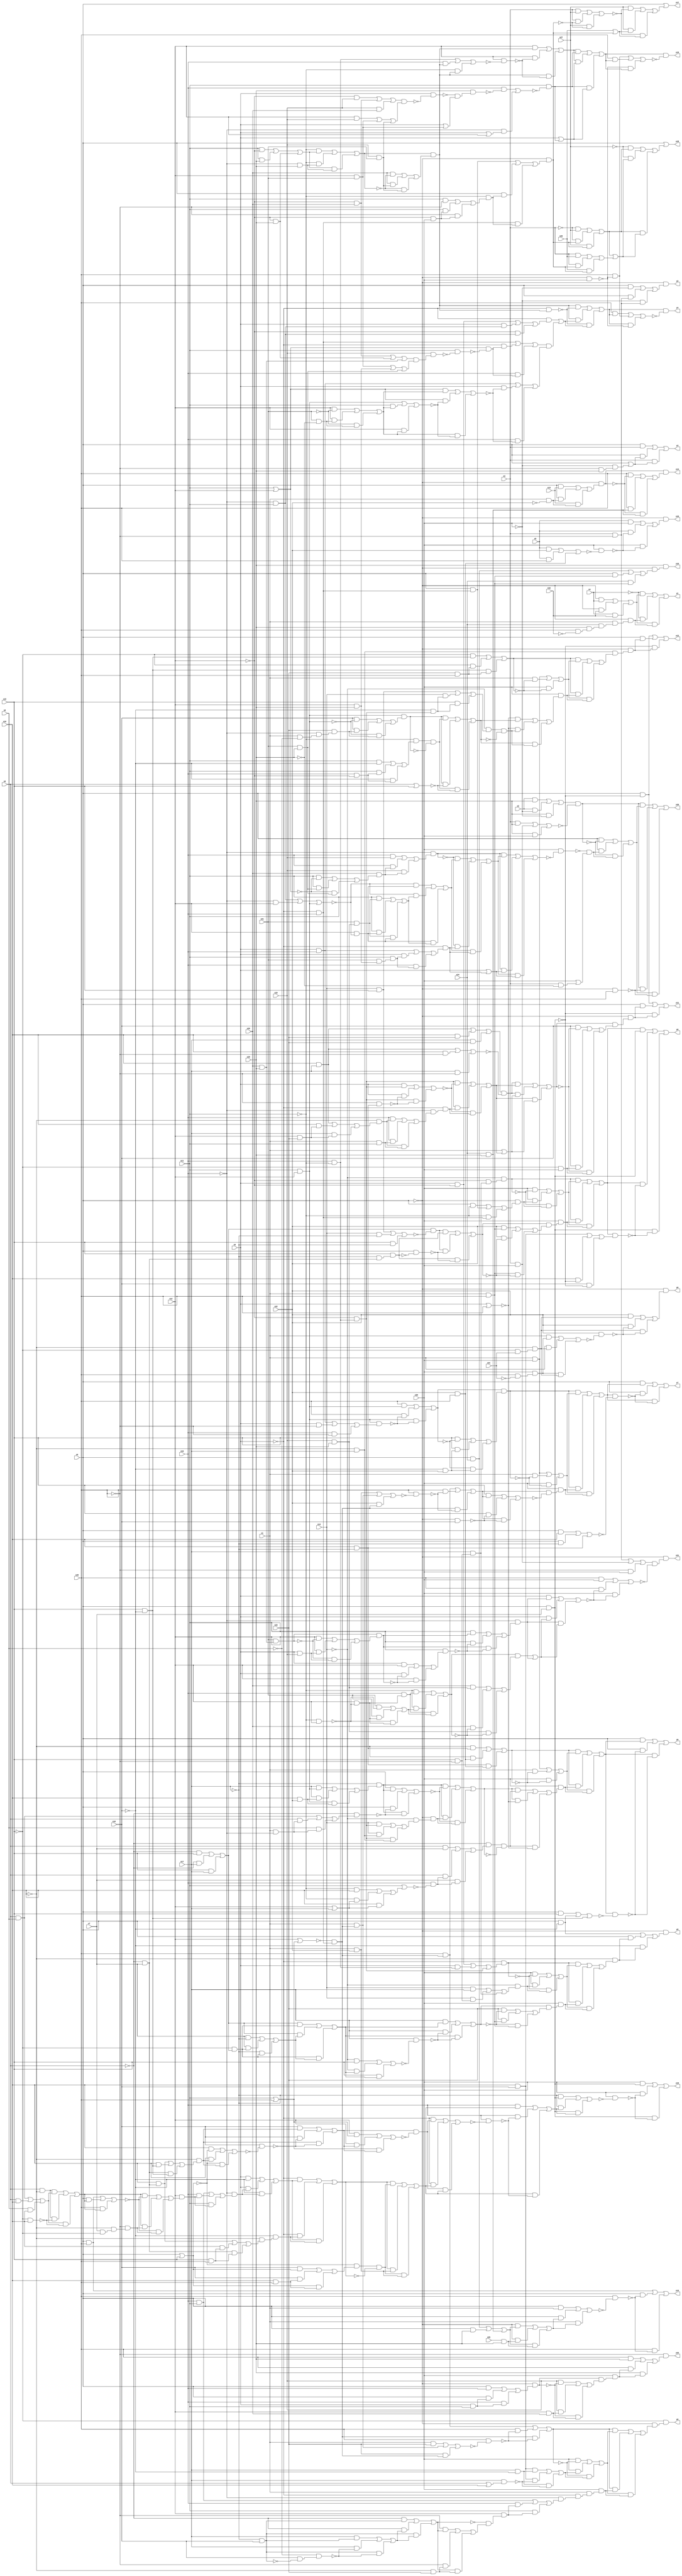
module top( x0 , x1 , x2 , x3 , x4 , x5 , x6 , x7 , x8 , x9 , x10 , x11 , x12 , x13 , x14 , x15 , x16 , x17 , x18 , x19 , x20 , x21 , x22 , x23 , x24 , x25 , x26 , x27 , x28 , x29 , x30 , x31 , x32 , y0 , y1 , y2 , y3 , y4 , y5 , y6 , y7 , y8 , y9 , y10 , y11 , y12 , y13 , y14 , y15 , y16 , y17 , y18 , y19 , y20 , y21 , y22 );
  input x0 , x1 , x2 , x3 , x4 , x5 , x6 , x7 , x8 , x9 , x10 , x11 , x12 , x13 , x14 , x15 , x16 , x17 , x18 , x19 , x20 , x21 , x22 , x23 , x24 , x25 , x26 , x27 , x28 , x29 , x30 , x31 , x32 ;
  output y0 , y1 , y2 , y3 , y4 , y5 , y6 , y7 , y8 , y9 , y10 , y11 , y12 , y13 , y14 , y15 , y16 , y17 , y18 , y19 , y20 , y21 , y22 ;
  wire n34 , n35 , n36 , n37 , n38 , n39 , n40 , n41 , n42 , n43 , n44 , n45 , n46 , n47 , n48 , n49 , n50 , n51 , n52 , n53 , n54 , n55 , n56 , n57 , n58 , n59 , n60 , n61 , n62 , n63 , n64 , n65 , n66 , n67 , n68 , n69 , n70 , n71 , n72 , n73 , n74 , n75 , n76 , n77 , n78 , n79 , n80 , n81 , n82 , n83 , n84 , n85 , n86 , n87 , n88 , n89 , n90 , n91 , n92 , n93 , n94 , n95 , n96 , n97 , n98 , n99 , n100 , n101 , n102 , n103 , n104 , n105 , n106 , n107 , n108 , n109 , n110 , n111 , n112 , n113 , n114 , n115 , n116 , n117 , n118 , n119 , n120 , n121 , n122 , n123 , n124 , n125 , n126 , n127 , n128 , n129 , n130 , n131 , n132 , n133 , n134 , n135 , n136 , n137 , n138 , n139 , n140 , n141 , n142 , n143 , n144 , n145 , n146 , n147 , n148 , n149 , n150 , n151 , n152 , n153 , n154 , n155 , n156 , n157 , n158 , n159 , n160 , n161 , n162 , n163 , n164 , n165 , n166 , n167 , n168 , n169 , n170 , n171 , n172 , n173 , n174 , n175 , n176 , n177 , n178 , n179 , n180 , n181 , n182 , n183 , n184 , n185 , n186 , n187 , n188 , n189 , n190 , n191 , n192 , n193 , n194 , n195 , n196 , n197 , n198 , n199 , n200 , n201 , n202 , n203 , n204 , n205 , n206 , n207 , n208 , n209 , n210 , n211 , n212 , n213 , n214 , n215 , n216 , n217 , n218 , n219 , n220 , n221 , n222 , n223 , n224 , n225 , n226 , n227 , n228 , n229 , n230 , n231 , n232 , n233 , n234 , n235 , n236 , n237 , n238 , n239 , n240 , n241 , n242 , n243 , n244 , n245 , n246 , n247 , n248 , n249 , n250 , n251 , n252 , n253 , n254 , n255 , n256 , n257 , n258 , n259 , n260 , n261 , n262 , n263 , n264 , n265 , n266 , n267 , n268 , n269 , n270 , n271 , n272 , n273 , n274 , n275 , n276 , n277 , n278 , n279 , n280 , n281 , n282 , n283 , n284 , n285 , n286 , n287 , n288 , n289 , n290 , n291 , n292 , n293 , n294 , n295 , n296 , n297 , n298 , n299 , n300 , n301 , n302 , n303 , n304 , n305 , n306 , n307 , n308 , n309 , n310 , n311 , n312 , n313 , n314 , n315 , n316 , n317 , n318 , n319 , n320 , n321 , n322 , n323 , n324 , n325 , n326 , n327 , n328 , n329 , n330 , n331 , n332 , n333 , n334 , n335 , n336 , n337 , n338 , n339 , n340 , n341 , n342 , n343 , n344 , n345 , n346 , n347 , n348 , n349 , n350 , n351 , n352 , n353 , n354 , n355 , n356 , n357 , n358 , n359 , n360 , n361 , n362 , n363 , n364 , n365 , n366 , n367 , n368 , n369 , n370 , n371 , n372 , n373 , n374 , n375 , n376 , n377 , n378 , n379 , n380 , n381 , n382 , n383 , n384 , n385 , n386 , n387 , n388 , n389 , n390 , n391 , n392 , n393 , n394 , n395 , n396 , n397 , n398 , n399 , n400 , n401 , n402 , n403 ;
  assign n36 = ~x15 & x31 ;
  assign n37 = ~x16 & n36 ;
  assign n34 = x28 & ~x31 ;
  assign n35 = x30 & n34 ;
  assign n38 = ( x1 & n35 ) | ( x1 & n37 ) | ( n35 & n37 ) ;
  assign n39 = x22 & ~n38 ;
  assign n40 = ( x22 & n37 ) | ( x22 & ~n39 ) | ( n37 & ~n39 ) ;
  assign n41 = ~x0 & n40 ;
  assign n46 = ( ~x0 & x4 ) | ( ~x0 & x32 ) | ( x4 & x32 ) ;
  assign n42 = x28 & ~x32 ;
  assign n43 = x29 & n42 ;
  assign n44 = x24 & n43 ;
  assign n45 = x1 & n44 ;
  assign n47 = ~x0 & n45 ;
  assign n48 = ( ~x4 & n46 ) | ( ~x4 & n47 ) | ( n46 & n47 ) ;
  assign n49 = x3 & ~x28 ;
  assign n50 = ( x0 & ~x30 ) | ( x0 & n49 ) | ( ~x30 & n49 ) ;
  assign n51 = ~x0 & n50 ;
  assign n52 = ~x28 & x29 ;
  assign n53 = ~x30 & n52 ;
  assign n54 = x0 | n53 ;
  assign n55 = ( x0 & x3 ) | ( x0 & n54 ) | ( x3 & n54 ) ;
  assign n56 = ( x11 & ~x12 ) | ( x11 & x29 ) | ( ~x12 & x29 ) ;
  assign n57 = ~x10 & x29 ;
  assign n58 = ( ~x11 & n56 ) | ( ~x11 & n57 ) | ( n56 & n57 ) ;
  assign n59 = x19 & x21 ;
  assign n60 = ( x20 & ~n58 ) | ( x20 & n59 ) | ( ~n58 & n59 ) ;
  assign n61 = n58 & n60 ;
  assign n79 = ~x9 & n61 ;
  assign n62 = ~x10 & x11 ;
  assign n63 = ( x9 & ~x12 ) | ( x9 & n62 ) | ( ~x12 & n62 ) ;
  assign n64 = ~x9 & n63 ;
  assign n65 = x11 | x12 ;
  assign n70 = ( ~x12 & x20 ) | ( ~x12 & x29 ) | ( x20 & x29 ) ;
  assign n71 = ( x12 & x21 ) | ( x12 & x29 ) | ( x21 & x29 ) ;
  assign n72 = n70 & n71 ;
  assign n73 = x19 & n72 ;
  assign n74 = x11 & ~n73 ;
  assign n75 = n65 & ~n74 ;
  assign n76 = ( ~x9 & x10 ) | ( ~x9 & n75 ) | ( x10 & n75 ) ;
  assign n66 = x21 & ~x29 ;
  assign n67 = ( x12 & ~x21 ) | ( x12 & n66 ) | ( ~x21 & n66 ) ;
  assign n68 = ( x11 & x12 ) | ( x11 & n67 ) | ( x12 & n67 ) ;
  assign n69 = ( n65 & n67 ) | ( n65 & ~n68 ) | ( n67 & ~n68 ) ;
  assign n77 = ( x9 & x10 ) | ( x9 & ~n69 ) | ( x10 & ~n69 ) ;
  assign n78 = n76 & n77 ;
  assign n80 = n64 | n78 ;
  assign n81 = ( n61 & ~n79 ) | ( n61 & n80 ) | ( ~n79 & n80 ) ;
  assign n82 = ~x0 & x30 ;
  assign n83 = ( x28 & n81 ) | ( x28 & ~n82 ) | ( n81 & ~n82 ) ;
  assign n84 = n81 & ~n83 ;
  assign n85 = x10 & ~x11 ;
  assign n86 = ( x9 & ~x12 ) | ( x9 & n85 ) | ( ~x12 & n85 ) ;
  assign n87 = ~x9 & n86 ;
  assign n88 = x15 & ~x28 ;
  assign n89 = ( x14 & x17 ) | ( x14 & n88 ) | ( x17 & n88 ) ;
  assign n90 = ~x14 & n89 ;
  assign n101 = ( x30 & ~n87 ) | ( x30 & n90 ) | ( ~n87 & n90 ) ;
  assign n91 = ( ~x6 & x15 ) | ( ~x6 & x17 ) | ( x15 & x17 ) ;
  assign n92 = ~x15 & n91 ;
  assign n93 = ( x7 & ~x17 ) | ( x7 & n92 ) | ( ~x17 & n92 ) ;
  assign n94 = ( n91 & n92 ) | ( n91 & n93 ) | ( n92 & n93 ) ;
  assign n95 = ( ~x14 & x15 ) | ( ~x14 & n94 ) | ( x15 & n94 ) ;
  assign n96 = x17 & ~n95 ;
  assign n97 = ( x17 & n94 ) | ( x17 & ~n96 ) | ( n94 & ~n96 ) ;
  assign n98 = x1 & x28 ;
  assign n99 = ( x23 & ~n97 ) | ( x23 & n98 ) | ( ~n97 & n98 ) ;
  assign n100 = n97 & n99 ;
  assign n102 = x30 & n100 ;
  assign n103 = ( n87 & n101 ) | ( n87 & n102 ) | ( n101 & n102 ) ;
  assign n104 = ~x16 & n103 ;
  assign n105 = ( x0 & ~x18 ) | ( x0 & n104 ) | ( ~x18 & n104 ) ;
  assign n106 = ~x0 & n105 ;
  assign n107 = x11 | x28 ;
  assign n108 = x12 | n107 ;
  assign n109 = ~x9 & x10 ;
  assign n110 = ~n108 & n109 ;
  assign n111 = ( x1 & x23 ) | ( x1 & n110 ) | ( x23 & n110 ) ;
  assign n112 = x28 & ~n111 ;
  assign n113 = ( x28 & n110 ) | ( x28 & ~n112 ) | ( n110 & ~n112 ) ;
  assign n114 = x16 & x18 ;
  assign n115 = x17 & ~x18 ;
  assign n116 = x6 | x16 ;
  assign n117 = x17 & n116 ;
  assign n118 = ( n114 & n115 ) | ( n114 & ~n117 ) | ( n115 & ~n117 ) ;
  assign n132 = ( x30 & ~n113 ) | ( x30 & n118 ) | ( ~n113 & n118 ) ;
  assign n119 = ~x17 & x18 ;
  assign n120 = x18 & ~n119 ;
  assign n121 = ~x8 & n120 ;
  assign n122 = ( x17 & n119 ) | ( x17 & ~n121 ) | ( n119 & ~n121 ) ;
  assign n123 = ( ~x6 & n119 ) | ( ~x6 & n122 ) | ( n119 & n122 ) ;
  assign n124 = ~x16 & x23 ;
  assign n125 = ( ~x28 & n123 ) | ( ~x28 & n124 ) | ( n123 & n124 ) ;
  assign n126 = ~n123 & n125 ;
  assign n127 = x12 & n126 ;
  assign n128 = ( x10 & x11 ) | ( x10 & n127 ) | ( x11 & n127 ) ;
  assign n129 = ~x10 & n128 ;
  assign n130 = ~x9 & n129 ;
  assign n131 = x1 & n130 ;
  assign n133 = x30 & n131 ;
  assign n134 = ( n113 & n132 ) | ( n113 & n133 ) | ( n132 & n133 ) ;
  assign n135 = ~x0 & n134 ;
  assign n136 = ~x15 & n135 ;
  assign n137 = x11 & x12 ;
  assign n138 = ( x9 & x10 ) | ( x9 & ~x28 ) | ( x10 & ~x28 ) ;
  assign n139 = n137 & n138 ;
  assign n140 = ( x28 & n137 ) | ( x28 & ~n139 ) | ( n137 & ~n139 ) ;
  assign n141 = ~x18 & x22 ;
  assign n142 = ( x15 & ~n140 ) | ( x15 & n141 ) | ( ~n140 & n141 ) ;
  assign n143 = n140 & n142 ;
  assign n150 = ( x1 & x30 ) | ( x1 & ~n143 ) | ( x30 & ~n143 ) ;
  assign n144 = ( x1 & x22 ) | ( x1 & n110 ) | ( x22 & n110 ) ;
  assign n145 = x28 & ~n144 ;
  assign n146 = ( x28 & n110 ) | ( x28 & ~n145 ) | ( n110 & ~n145 ) ;
  assign n147 = ~x0 & x18 ;
  assign n148 = ( x15 & n146 ) | ( x15 & ~n147 ) | ( n146 & ~n147 ) ;
  assign n149 = n146 & ~n148 ;
  assign n151 = x30 & n149 ;
  assign n152 = ( n143 & n150 ) | ( n143 & n151 ) | ( n150 & n151 ) ;
  assign n153 = ( x0 & x16 ) | ( x0 & ~x17 ) | ( x16 & ~x17 ) ;
  assign n154 = n152 & ~n153 ;
  assign n155 = ( x0 & n152 ) | ( x0 & ~n154 ) | ( n152 & ~n154 ) ;
  assign n156 = x16 & ~x17 ;
  assign n157 = x22 & x28 ;
  assign n158 = ( ~x16 & n156 ) | ( ~x16 & n157 ) | ( n156 & n157 ) ;
  assign n181 = ( x1 & x30 ) | ( x1 & ~n158 ) | ( x30 & ~n158 ) ;
  assign n165 = x16 & x22 ;
  assign n166 = ( x17 & n137 ) | ( x17 & n165 ) | ( n137 & n165 ) ;
  assign n167 = ~x17 & n166 ;
  assign n168 = x1 & ~x10 ;
  assign n169 = ( x6 & x8 ) | ( x6 & n168 ) | ( x8 & n168 ) ;
  assign n170 = ~x6 & n169 ;
  assign n175 = ( x0 & n167 ) | ( x0 & ~n170 ) | ( n167 & ~n170 ) ;
  assign n171 = ~x12 & n85 ;
  assign n172 = ~x16 & x17 ;
  assign n173 = ( x14 & n171 ) | ( x14 & n172 ) | ( n171 & n172 ) ;
  assign n174 = ~x14 & n173 ;
  assign n176 = ~x0 & n174 ;
  assign n177 = ( n167 & ~n175 ) | ( n167 & n176 ) | ( ~n175 & n176 ) ;
  assign n159 = x12 | x17 ;
  assign n160 = ( ~x11 & x16 ) | ( ~x11 & n159 ) | ( x16 & n159 ) ;
  assign n161 = x11 | n160 ;
  assign n162 = x10 & ~n161 ;
  assign n163 = ( x6 & x7 ) | ( x6 & n162 ) | ( x7 & n162 ) ;
  assign n164 = ~x6 & n163 ;
  assign n178 = n164 & ~n177 ;
  assign n179 = x9 | x28 ;
  assign n180 = ( n177 & n178 ) | ( n177 & ~n179 ) | ( n178 & ~n179 ) ;
  assign n182 = x30 & n180 ;
  assign n183 = ( n158 & n181 ) | ( n158 & n182 ) | ( n181 & n182 ) ;
  assign n184 = ( x0 & x15 ) | ( x0 & ~x18 ) | ( x15 & ~x18 ) ;
  assign n185 = n183 & ~n184 ;
  assign n186 = ( x0 & n183 ) | ( x0 & ~n185 ) | ( n183 & ~n185 ) ;
  assign n187 = x17 & n88 ;
  assign n188 = ~x12 & n187 ;
  assign n189 = ~x14 & n188 ;
  assign n190 = ( x0 & ~x11 ) | ( x0 & n109 ) | ( ~x11 & n109 ) ;
  assign n191 = ~x0 & n190 ;
  assign n201 = ( x30 & ~n189 ) | ( x30 & n191 ) | ( ~n189 & n191 ) ;
  assign n192 = ( x14 & x15 ) | ( x14 & ~x17 ) | ( x15 & ~x17 ) ;
  assign n193 = n91 & ~n192 ;
  assign n194 = ~x6 & x7 ;
  assign n195 = ~x17 & n194 ;
  assign n196 = x15 & n195 ;
  assign n197 = x0 & ~n196 ;
  assign n198 = ( n193 & n196 ) | ( n193 & ~n197 ) | ( n196 & ~n197 ) ;
  assign n199 = ( x22 & n98 ) | ( x22 & ~n198 ) | ( n98 & ~n198 ) ;
  assign n200 = n198 & n199 ;
  assign n202 = x30 & n200 ;
  assign n203 = ( n189 & n201 ) | ( n189 & n202 ) | ( n201 & n202 ) ;
  assign n204 = x0 & x7 ;
  assign n205 = ( x16 & x18 ) | ( x16 & ~n204 ) | ( x18 & ~n204 ) ;
  assign n206 = n203 & n205 ;
  assign n207 = ( n203 & n204 ) | ( n203 & ~n206 ) | ( n204 & ~n206 ) ;
  assign n220 = x6 & ~x16 ;
  assign n221 = ( x6 & x8 ) | ( x6 & x16 ) | ( x8 & x16 ) ;
  assign n222 = ~x15 & x16 ;
  assign n223 = ( n220 & n221 ) | ( n220 & ~n222 ) | ( n221 & ~n222 ) ;
  assign n226 = ( x0 & x28 ) | ( x0 & n223 ) | ( x28 & n223 ) ;
  assign n224 = x7 & ~x15 ;
  assign n225 = ~x16 & n224 ;
  assign n227 = ~x28 & n225 ;
  assign n228 = ( n223 & ~n226 ) | ( n223 & n227 ) | ( ~n226 & n227 ) ;
  assign n229 = x12 & n228 ;
  assign n230 = ( x10 & x11 ) | ( x10 & n229 ) | ( x11 & n229 ) ;
  assign n231 = ~x10 & n230 ;
  assign n235 = ( x9 & ~x18 ) | ( x9 & n231 ) | ( ~x18 & n231 ) ;
  assign n232 = x15 & x28 ;
  assign n233 = ( x16 & n194 ) | ( x16 & n232 ) | ( n194 & n232 ) ;
  assign n234 = ~x16 & n233 ;
  assign n236 = ~x18 & n234 ;
  assign n237 = ( ~x9 & n235 ) | ( ~x9 & n236 ) | ( n235 & n236 ) ;
  assign n208 = x0 | x15 ;
  assign n217 = x16 & x28 ;
  assign n218 = ( x18 & n208 ) | ( x18 & n217 ) | ( n208 & n217 ) ;
  assign n219 = ~n208 & n218 ;
  assign n238 = n219 & ~n237 ;
  assign n239 = x1 & x22 ;
  assign n240 = ( n237 & n238 ) | ( n237 & n239 ) | ( n238 & n239 ) ;
  assign n209 = x15 & ~x18 ;
  assign n210 = ( x16 & n194 ) | ( x16 & n209 ) | ( n194 & n209 ) ;
  assign n211 = ~x16 & n210 ;
  assign n212 = ( x16 & ~n208 ) | ( x16 & n211 ) | ( ~n208 & n211 ) ;
  assign n213 = x18 & ~n212 ;
  assign n214 = ( x18 & n211 ) | ( x18 & ~n213 ) | ( n211 & ~n213 ) ;
  assign n215 = ( x12 & n107 ) | ( x12 & n214 ) | ( n107 & n214 ) ;
  assign n216 = n214 & ~n215 ;
  assign n241 = ( ~x9 & n216 ) | ( ~x9 & n240 ) | ( n216 & n240 ) ;
  assign n242 = x10 & ~n241 ;
  assign n243 = ( x10 & n240 ) | ( x10 & ~n242 ) | ( n240 & ~n242 ) ;
  assign n244 = ( ~x17 & n204 ) | ( ~x17 & n243 ) | ( n204 & n243 ) ;
  assign n245 = x30 & ~n244 ;
  assign n246 = ( x30 & n204 ) | ( x30 & ~n245 ) | ( n204 & ~n245 ) ;
  assign n247 = ( x16 & x17 ) | ( x16 & x23 ) | ( x17 & x23 ) ;
  assign n248 = ( x16 & x17 ) | ( x16 & ~x28 ) | ( x17 & ~x28 ) ;
  assign n249 = n247 & ~n248 ;
  assign n250 = ~x28 & n156 ;
  assign n257 = ( x9 & n171 ) | ( x9 & ~n250 ) | ( n171 & ~n250 ) ;
  assign n251 = x12 & x23 ;
  assign n252 = ( x16 & x17 ) | ( x16 & n251 ) | ( x17 & n251 ) ;
  assign n253 = ~x16 & n252 ;
  assign n254 = x1 & x11 ;
  assign n255 = ( x10 & n253 ) | ( x10 & n254 ) | ( n253 & n254 ) ;
  assign n256 = ~x10 & n255 ;
  assign n258 = ~x9 & n256 ;
  assign n259 = ( n171 & ~n257 ) | ( n171 & n258 ) | ( ~n257 & n258 ) ;
  assign n260 = x1 | n259 ;
  assign n261 = ( n249 & n259 ) | ( n249 & n260 ) | ( n259 & n260 ) ;
  assign n262 = ~x15 & x30 ;
  assign n263 = ( x18 & ~n261 ) | ( x18 & n262 ) | ( ~n261 & n262 ) ;
  assign n264 = n261 & n263 ;
  assign n265 = ~x0 & n264 ;
  assign n266 = ( x0 & ~n204 ) | ( x0 & n265 ) | ( ~n204 & n265 ) ;
  assign n267 = x23 & x28 ;
  assign n268 = ( ~x15 & n209 ) | ( ~x15 & n267 ) | ( n209 & n267 ) ;
  assign n285 = ( x1 & x30 ) | ( x1 & ~n268 ) | ( x30 & ~n268 ) ;
  assign n275 = x1 & ~x8 ;
  assign n276 = ~x10 & n275 ;
  assign n277 = x23 & n276 ;
  assign n278 = ( x18 & ~n137 ) | ( x18 & n277 ) | ( ~n137 & n277 ) ;
  assign n279 = n137 & n278 ;
  assign n272 = x10 & ~x12 ;
  assign n273 = ( x11 & ~x18 ) | ( x11 & n272 ) | ( ~x18 & n272 ) ;
  assign n274 = ~x11 & n273 ;
  assign n280 = n274 & ~n279 ;
  assign n281 = x6 | x15 ;
  assign n282 = ( n279 & n280 ) | ( n279 & ~n281 ) | ( n280 & ~n281 ) ;
  assign n269 = ~x18 & n171 ;
  assign n270 = ( x14 & x15 ) | ( x14 & n269 ) | ( x15 & n269 ) ;
  assign n271 = ~x14 & n270 ;
  assign n283 = n271 & ~n282 ;
  assign n284 = ( ~n179 & n282 ) | ( ~n179 & n283 ) | ( n282 & n283 ) ;
  assign n286 = x30 & n284 ;
  assign n287 = ( n268 & n285 ) | ( n268 & n286 ) | ( n285 & n286 ) ;
  assign n288 = n172 & n287 ;
  assign n289 = ~x0 & n288 ;
  assign n290 = ( x0 & ~n204 ) | ( x0 & n289 ) | ( ~n204 & n289 ) ;
  assign n291 = ( x0 & x24 ) | ( x0 & x29 ) | ( x24 & x29 ) ;
  assign n292 = x25 & x29 ;
  assign n293 = ( ~x0 & n291 ) | ( ~x0 & n292 ) | ( n291 & n292 ) ;
  assign n294 = ( x0 & x1 ) | ( x0 & n293 ) | ( x1 & n293 ) ;
  assign n295 = x28 & ~n294 ;
  assign n296 = ( x0 & x28 ) | ( x0 & ~n295 ) | ( x28 & ~n295 ) ;
  assign n297 = x1 & ~x22 ;
  assign n298 = ( x0 & x13 ) | ( x0 & n297 ) | ( x13 & n297 ) ;
  assign n299 = ~x0 & n298 ;
  assign n300 = x24 & x29 ;
  assign n301 = ( x28 & ~n299 ) | ( x28 & n300 ) | ( ~n299 & n300 ) ;
  assign n302 = n299 & n301 ;
  assign n303 = ( x0 & x24 ) | ( x0 & n98 ) | ( x24 & n98 ) ;
  assign n304 = ~x0 & n303 ;
  assign n305 = x29 & n304 ;
  assign n306 = ( x5 & x22 ) | ( x5 & x28 ) | ( x22 & x28 ) ;
  assign n307 = x30 & ~n306 ;
  assign n308 = ( x5 & x30 ) | ( x5 & ~n307 ) | ( x30 & ~n307 ) ;
  assign n309 = ~x0 & n308 ;
  assign n310 = ~x12 & x30 ;
  assign n311 = ( x11 & ~x28 ) | ( x11 & n310 ) | ( ~x28 & n310 ) ;
  assign n312 = ~x11 & n311 ;
  assign n313 = ( x0 & n109 ) | ( x0 & n312 ) | ( n109 & n312 ) ;
  assign n314 = ~x0 & n313 ;
  assign n315 = ( x3 & x27 ) | ( x3 & ~n314 ) | ( x27 & ~n314 ) ;
  assign n316 = x26 | n314 ;
  assign n317 = ( x27 & ~n315 ) | ( x27 & n316 ) | ( ~n315 & n316 ) ;
  assign n318 = x0 | n317 ;
  assign n319 = ( ~x3 & x27 ) | ( ~x3 & n314 ) | ( x27 & n314 ) ;
  assign n320 = ( x3 & x26 ) | ( x3 & n314 ) | ( x26 & n314 ) ;
  assign n321 = n319 | n320 ;
  assign n322 = ( ~x27 & n319 ) | ( ~x27 & n321 ) | ( n319 & n321 ) ;
  assign n323 = x0 | n322 ;
  assign n324 = ( x10 & ~x11 ) | ( x10 & n61 ) | ( ~x11 & n61 ) ;
  assign n325 = x12 & ~n324 ;
  assign n326 = ( x12 & n61 ) | ( x12 & ~n325 ) | ( n61 & ~n325 ) ;
  assign n327 = ( ~x12 & x19 ) | ( ~x12 & x20 ) | ( x19 & x20 ) ;
  assign n328 = ( x12 & x19 ) | ( x12 & x21 ) | ( x19 & x21 ) ;
  assign n329 = n327 & n328 ;
  assign n330 = x9 & ~n329 ;
  assign n331 = x12 & x21 ;
  assign n332 = x9 | n331 ;
  assign n333 = ~n330 & n332 ;
  assign n334 = x29 & n333 ;
  assign n335 = x10 & ~n334 ;
  assign n336 = x9 | x12 ;
  assign n337 = ~x10 & n336 ;
  assign n338 = n335 | n337 ;
  assign n339 = x11 & ~n338 ;
  assign n340 = x9 | n339 ;
  assign n341 = ( n326 & n339 ) | ( n326 & n340 ) | ( n339 & n340 ) ;
  assign n342 = ( x28 & ~n82 ) | ( x28 & n341 ) | ( ~n82 & n341 ) ;
  assign n343 = n341 & ~n342 ;
  assign n344 = ( x2 & x29 ) | ( x2 & ~x30 ) | ( x29 & ~x30 ) ;
  assign n345 = ( x3 & x29 ) | ( x3 & x30 ) | ( x29 & x30 ) ;
  assign n346 = n344 & ~n345 ;
  assign n347 = x21 & x29 ;
  assign n348 = ( x11 & ~n65 ) | ( x11 & n347 ) | ( ~n65 & n347 ) ;
  assign n349 = x20 & n348 ;
  assign n350 = ( x10 & x19 ) | ( x10 & n349 ) | ( x19 & n349 ) ;
  assign n351 = ~x10 & n350 ;
  assign n354 = ( ~x10 & x11 ) | ( ~x10 & x12 ) | ( x11 & x12 ) ;
  assign n355 = x12 & ~n354 ;
  assign n352 = x19 & x29 ;
  assign n353 = x21 & n352 ;
  assign n356 = ( x11 & n353 ) | ( x11 & n355 ) | ( n353 & n355 ) ;
  assign n357 = ( ~n354 & n355 ) | ( ~n354 & n356 ) | ( n355 & n356 ) ;
  assign n358 = x12 & x29 ;
  assign n359 = x21 & n358 ;
  assign n360 = x11 & n359 ;
  assign n361 = ( x9 & x10 ) | ( x9 & n360 ) | ( x10 & n360 ) ;
  assign n362 = ~x9 & n361 ;
  assign n363 = ( ~n351 & n357 ) | ( ~n351 & n362 ) | ( n357 & n362 ) ;
  assign n364 = x9 | n362 ;
  assign n365 = ( n351 & n363 ) | ( n351 & n364 ) | ( n363 & n364 ) ;
  assign n366 = x30 & ~n365 ;
  assign n367 = x3 & ~x29 ;
  assign n368 = x30 | n367 ;
  assign n369 = ~n366 & n368 ;
  assign n370 = ( x0 & ~n346 ) | ( x0 & n369 ) | ( ~n346 & n369 ) ;
  assign n371 = ~x0 & x28 ;
  assign n372 = ( n346 & n370 ) | ( n346 & ~n371 ) | ( n370 & ~n371 ) ;
  assign n391 = ( x3 & ~x28 ) | ( x3 & x30 ) | ( ~x28 & x30 ) ;
  assign n380 = x20 & x29 ;
  assign n381 = x21 & n380 ;
  assign n382 = x9 & x19 ;
  assign n383 = ( x12 & ~n381 ) | ( x12 & n382 ) | ( ~n381 & n382 ) ;
  assign n384 = n381 & n383 ;
  assign n385 = ( x9 & x12 ) | ( x9 & ~n384 ) | ( x12 & ~n384 ) ;
  assign n386 = x11 & n385 ;
  assign n387 = ( x11 & n384 ) | ( x11 & ~n386 ) | ( n384 & ~n386 ) ;
  assign n388 = ~x10 & n387 ;
  assign n373 = ~x11 & x12 ;
  assign n374 = x12 & ~n373 ;
  assign n375 = x10 & n374 ;
  assign n376 = ( x21 & ~n373 ) | ( x21 & n374 ) | ( ~n373 & n374 ) ;
  assign n377 = ( ~x11 & n375 ) | ( ~x11 & n376 ) | ( n375 & n376 ) ;
  assign n378 = ( x20 & n352 ) | ( x20 & ~n377 ) | ( n352 & ~n377 ) ;
  assign n379 = n377 & n378 ;
  assign n389 = n379 | n388 ;
  assign n390 = ( x9 & n388 ) | ( x9 & n389 ) | ( n388 & n389 ) ;
  assign n392 = ( x28 & x30 ) | ( x28 & ~n390 ) | ( x30 & ~n390 ) ;
  assign n393 = n391 & ~n392 ;
  assign n394 = ~x0 & n393 ;
  assign n395 = x9 & x11 ;
  assign n396 = ( x0 & x10 ) | ( x0 & n395 ) | ( x10 & n395 ) ;
  assign n397 = ~x0 & n396 ;
  assign n398 = x12 & x20 ;
  assign n399 = ( x19 & ~n397 ) | ( x19 & n398 ) | ( ~n397 & n398 ) ;
  assign n400 = n397 & n399 ;
  assign n401 = x30 & n400 ;
  assign n402 = ( x28 & x29 ) | ( x28 & n401 ) | ( x29 & n401 ) ;
  assign n403 = ~x28 & n402 ;
  assign y0 = n41 ;
  assign y1 = n48 ;
  assign y2 = n51 ;
  assign y3 = n55 ;
  assign y4 = n84 ;
  assign y5 = n106 ;
  assign y6 = n136 ;
  assign y7 = n155 ;
  assign y8 = n186 ;
  assign y9 = n207 ;
  assign y10 = n246 ;
  assign y11 = n266 ;
  assign y12 = n290 ;
  assign y13 = n296 ;
  assign y14 = n302 ;
  assign y15 = n305 ;
  assign y16 = n309 ;
  assign y17 = n318 ;
  assign y18 = n323 ;
  assign y19 = n343 ;
  assign y20 = n372 ;
  assign y21 = n394 ;
  assign y22 = n403 ;
endmodule